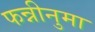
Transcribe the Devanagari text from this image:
फन्नीनुमा